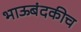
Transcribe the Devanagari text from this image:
भाऊबंदकीच